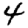
Digit: 4